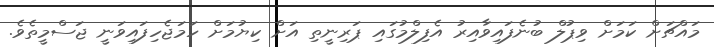
މައްޗަށް ކަމަށް ވިޕުލް ބުނެފައިވާއިރު އެފިލްމުގައި ޕަރިނީތި އަށް ކިޔުމަށް ހަމަޖެހިފައިވަނީ ޖަސްމީތެވެ.